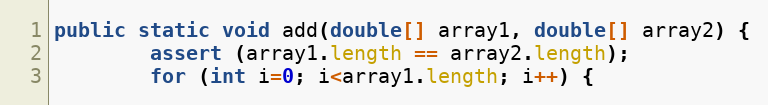
Language: Java
public static void add(double[] array1, double[] array2) {
        assert (array1.length == array2.length);
        for (int i=0; i<array1.length; i++) {